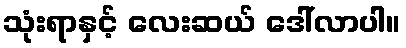
သုံးရာနှင့် လေးဆယ် ဒေါ်လာပါ။